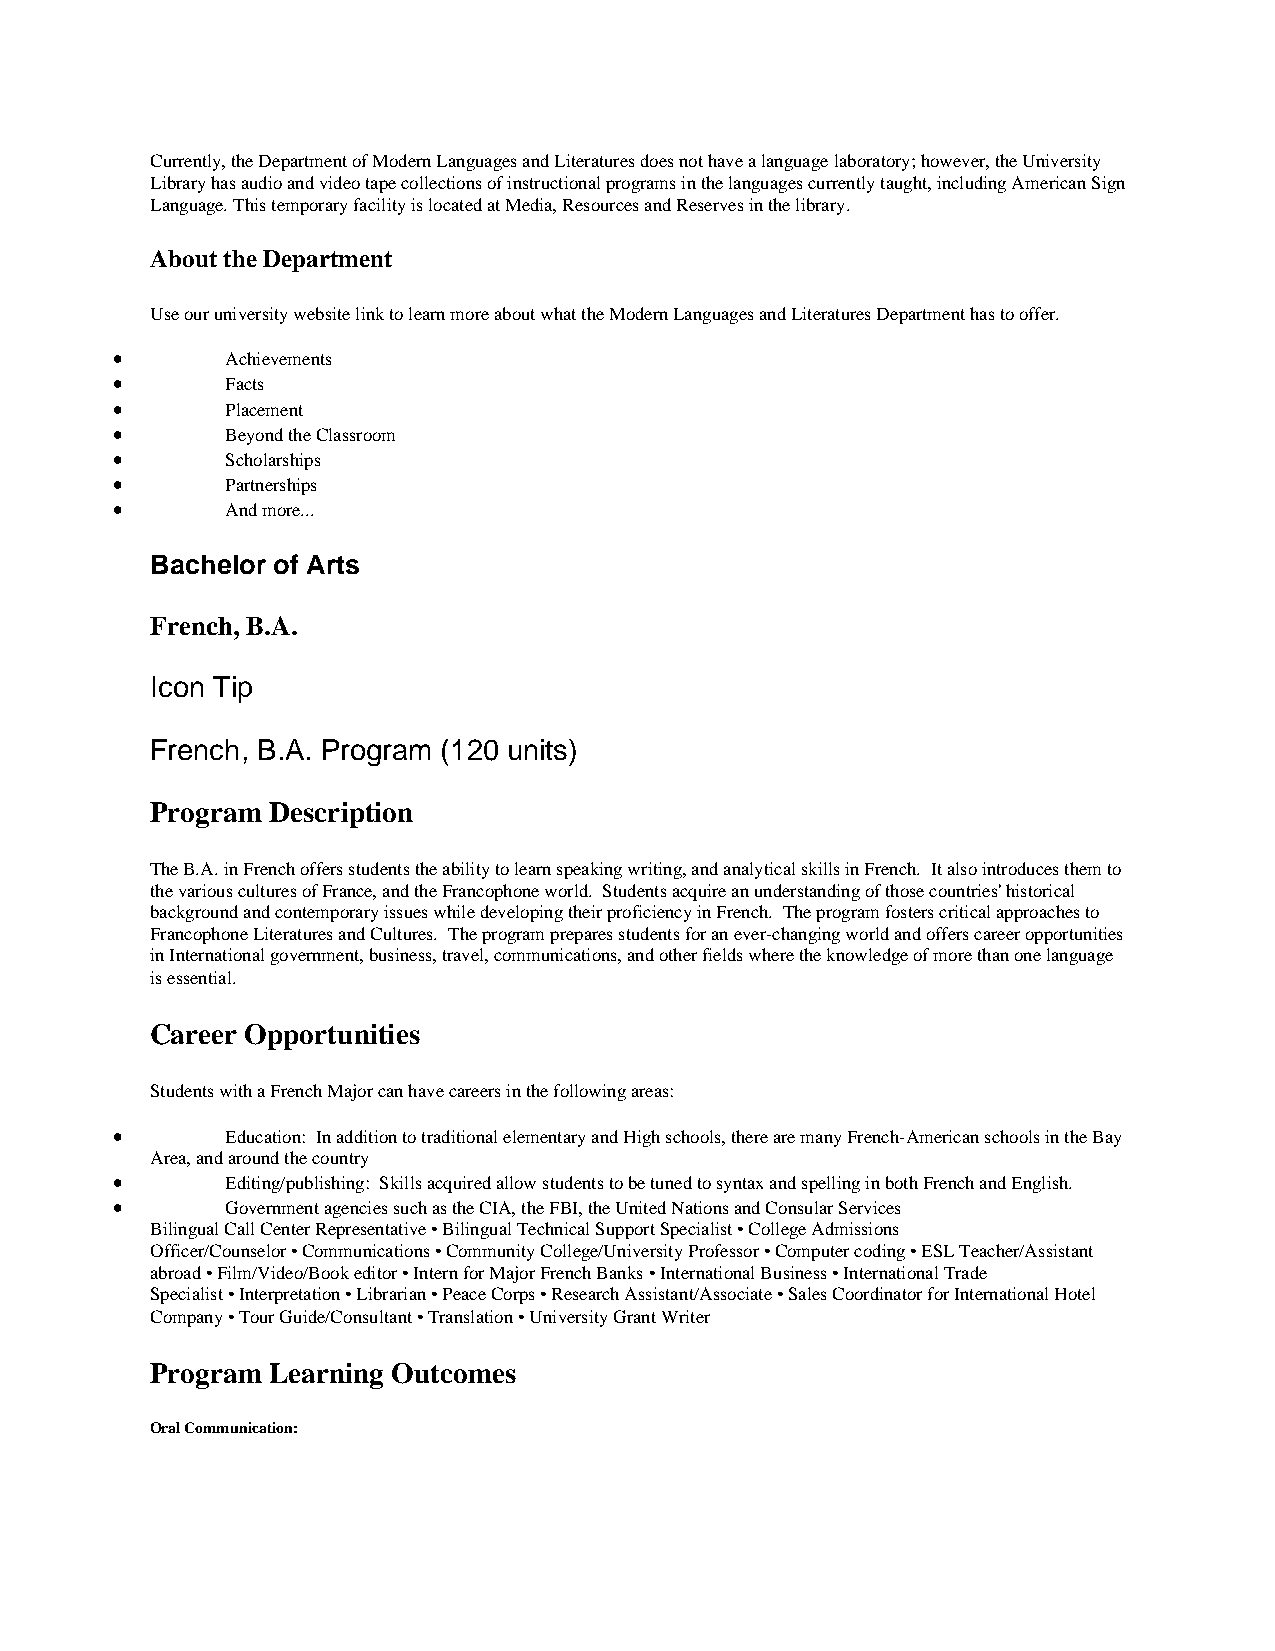
Currently, the Department of Modern Languages and Literatures does not have a language laboratory; however, the University
 Library has audio and video tape collections of instructional programs in the languages currently taught, including American Sign
 Language. This temporary facility is located at Media, Resources and Reserves in the library.
 About the Department
 Use our university website link to learn more about what the Modern Languages and Literatures Department has to offer.
 •       Achievements
 •       Facts
 •       Placement
 •       Beyond the Classroom
 •       Scholarships
 •       Partnerships
 •       And more...
 Bachelor of Arts
 French, B.A.
 Icon Tip
 French, B.A. Program (120 units)
 Program Description
 The B.A. in French offers students the ability to learn speaking writing, and analytical skills in French. It also introduces them to
 the various cultures of France, and the Francophone world. Students acquire an understanding of those countries' historical
 background and contemporary issues while developing their proficiency in French. The program fosters critical approaches to
 Francophone Literatures and Cultures. The program prepares students for an ever-changing world and offers career opportunities
 in International government, business, travel, communications, and other fields where the knowledge of more than one language
 is essential.
 Career Opportunities
 Students with a French Major can have careers in the following areas:
 •       Education: In addition to traditional elementary and High schools, there are many French-American schools in the Bay
 Area, and around the country
 •       Editing/publishing: Skills acquired allow students to be tuned to syntax and spelling in both French and English.
 •       Government agencies such as the CIA, the FBI, the United Nations and Consular Services
 Bilingual Call Center Representative • Bilingual Technical Support Specialist • College Admissions
 Officer/Counselor • Communications • Community College/University Professor • Computer coding • ESL Teacher/Assistant
 abroad • Film/Video/Book editor • Intern for Major French Banks • International Business • International Trade
 Specialist • Interpretation • Librarian • Peace Corps • Research Assistant/Associate • Sales Coordinator for International Hotel
 Company • Tour Guide/Consultant • Translation • University Grant Writer
 Program Learning Outcomes
 Oral Communication: